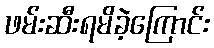
ဖမ်းဆီးရမိခဲ့ကြောင်း